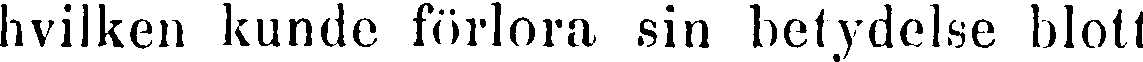
hvilken kunde förlora sin betydelse blott